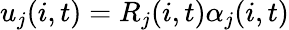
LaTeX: u_{j}(i,t)=R_{j}(i,t)\alpha_{j}(i,t)